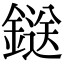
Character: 鎹